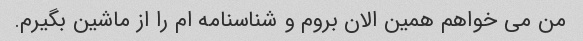
من می خواهم همین الان بروم و شناسنامه ام را از ماشین بگیرم.